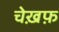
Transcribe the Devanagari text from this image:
चेख़फ़